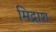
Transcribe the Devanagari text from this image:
मिद्राश